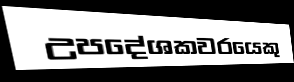
උපදේශකවරයෙකු